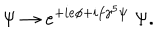
\Psi \rightarrow e ^ { + i e \phi + i f \gamma ^ { 5 } \psi } \; \Psi .